Report on the working of the Ranchi Indian Mental Hospital, Kanke, in Bihar and Orissa - 1930-1940
Year: 1930
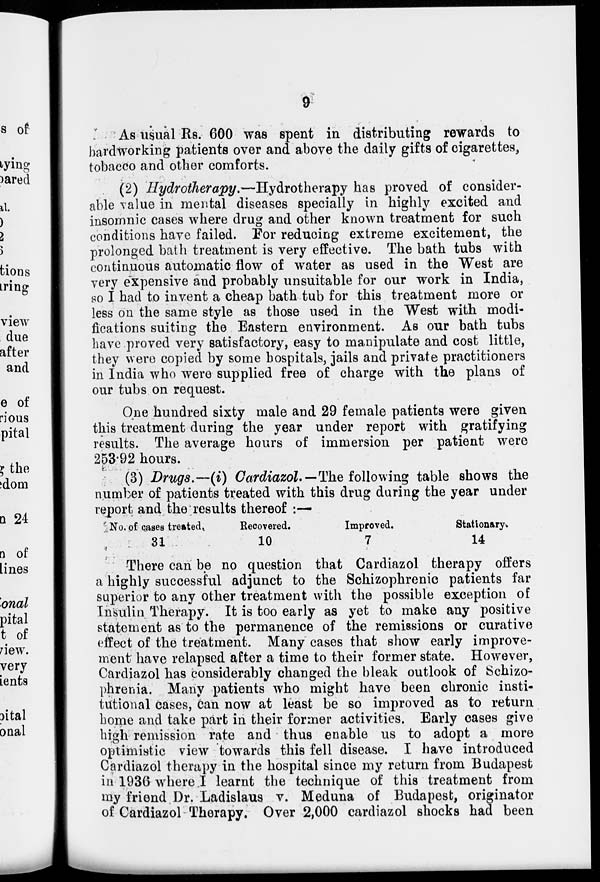
As usual Rs. 600 was spent in distributing rewards to
hardworking patients over and above the daily gifts of cigarettes,
tobacco and other comforts.
(2) Hydrotherapy.—Hydrotherapy has proved of consider-
able value in mental diseases specially in highly excited and
insomnic cases where drug and other known treatment for such
conditions have failed. For reducing extreme excitement, the
prolonged bath treatment is very effective. The bath tubs with
continuous automatic flow of water as used in the West are
very expensive and probably unsuitable for our work in India,
so I had to invent a cheap bath tub for this treatment more or
less on the same style as those used in the West with modi-
fications suiting the Eastern environment. As our bath tubs
have proved very satisfactory, easy to manipulate and cost little,
they were copied by some hospitals, jails and private practitioners
in India who were supplied free of charge with the plans of
our tubs on request.
One hundred sixty male and 29 female patients were given
this treatment during the year under report with gratifying
results. The average hours of immersion per patient were
253.92 hours.
(3) Drugs.—(i) Cardiazol.-—The following table shows the
number of patients treated with this drug during the year under
report and the results thereof :—
No. of cases treated.
31
Recovered.
10
Improved.
7
Stationary.
14
There can be no question that Cardiazol therapy offers
a highly successful adjunct to the Schizophrenic patients far
superior to any other treatment with the possible exception of
Insulin Therapy. It is too early as yet to make any positive
statement as to the permanence of the remissions or curative
effect of the treatment. Many cases that show early improve-
ment have relapsed after a time to their former state. However,
Cardiazol has considerably changed the bleak outlook of Schizo-
phrenia. Many patients who might have been chronic insti-
tutional cases, can now at least be so improved as to return
home and take part in their former activities. Early cases give
high remission rate and thus enable us to adopt a more
optimistic view towards this fell disease. I have introduced
Cardiazel therapy in the hospital since my return from Budapest
in1936 where I learnt the technique of this treatment from
my friend Dr. Ladislaus v. Meduna of Budapest, originator
of Cardiazol Therapy. Over 2,000 cardiazol shocks had been